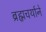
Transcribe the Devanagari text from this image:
ब्रह्मचर्याने